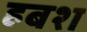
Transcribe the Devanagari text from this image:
हबश